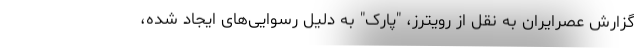
گزارش عصرایران به نقل از رویترز، "پارک" به دلیل رسوایی‌های ایجاد شده،